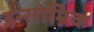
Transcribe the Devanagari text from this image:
इन्सोम्निक